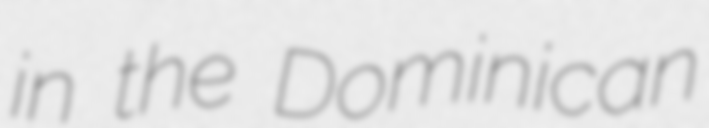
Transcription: in the Dominican